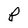
Character: P